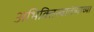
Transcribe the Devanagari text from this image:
अभिक्तिस्वातंत्र्याच्या